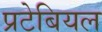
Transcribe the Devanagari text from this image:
प्रटेबियल